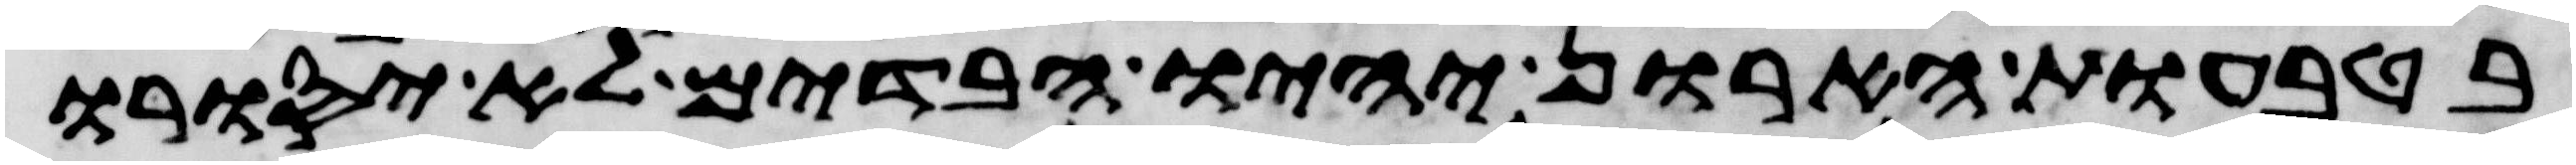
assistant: בטבעות הארון יהיו הבדים לא יסורו